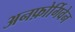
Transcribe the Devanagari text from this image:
अनफ़ोर्गिवेन